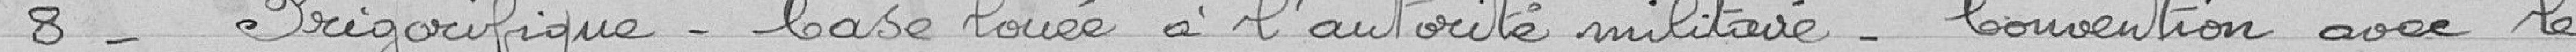
8- Frigorifique - case louée à l'autorité militaire - convention avec le